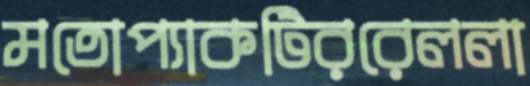
মতোপ্যাকটিররেললা